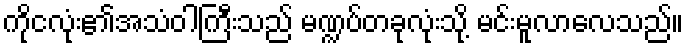
ကိုငလုံး၏အသံဝါကြီးသည် မဏ္ဍပ်တခုလုံးသို့ မင်းမူလာလေသည်။